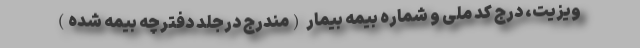
ویزیت، درج کد ملی و شماره بیمه بیمار (مندرج درجلد دفترچه بیمه شده)